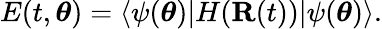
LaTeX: E(t,{\boldsymbol{\theta}})=\langle\psi({\boldsymbol{\theta}})|H({\mathbf{R}}(t))|\psi({\boldsymbol{\theta}})\rangle.